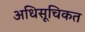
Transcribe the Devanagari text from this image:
अधिसूचिकत